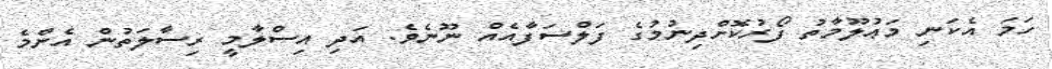
ހަމަ އެކަނި މަޢުލޫމާތު ފޯރުކޮށްދިނުމުގެ ފަލްސަފާއެއް ނޫނެވެ. އަދި އިސްލާމީ ރިސާލަތުން އެންމެ